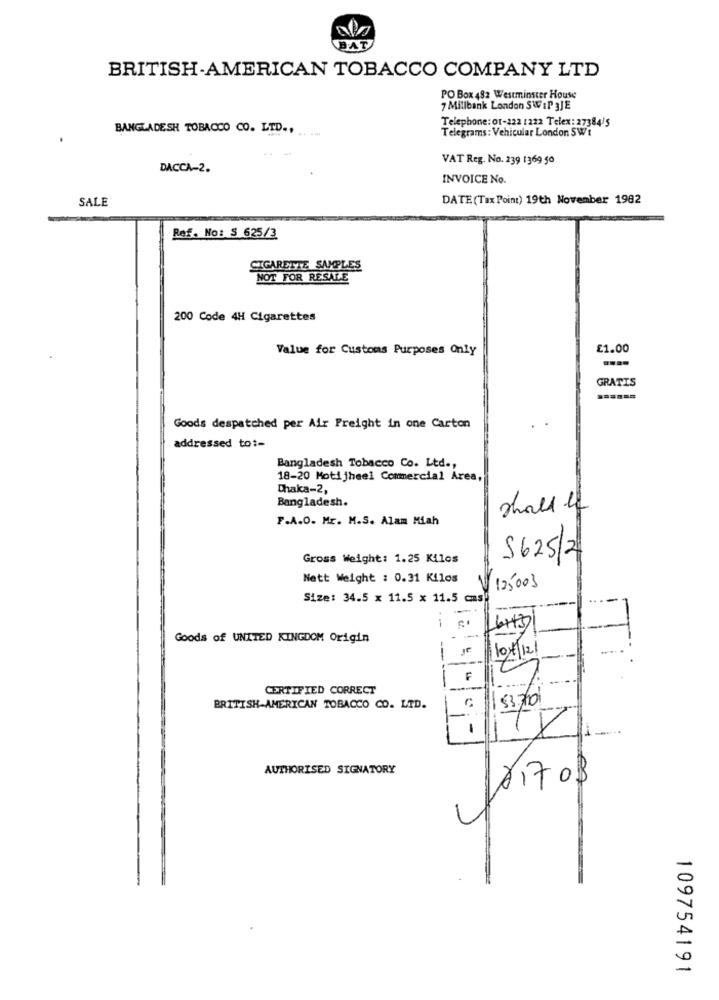
BAT
BRITISH-AMERICAN TOBACCO COMPANY LTD
PO Box 482 Westminster House
7 Millbank London SWIP 3JE
BANGLADESH TOBACCO CO. LTD .,
Telephone: Of-222 1222 Telex: 27384/5
Telegrams: Vehicular London SWt
VAT Reg. No. 239 1369 50
DACCA-2.
INVOICE No.
SALE
DATE (Tax Point) 19th November 1982
Ref. No: S 625/3
SIGARETTE SAMPLES
NOT FOR RESALE
200 Code 4H Cigarettes
Value for Customs Purposes Only
£1.00
GRATIS
Goods despatched per Air Freight in one Carton
addressed to :-
Bangladesh Tobacco Co. Ltd .,
18-20 Motijheel Commercial Area,
Chaka-2,
Bangladesh.
shall of
F.A.O. Mr. M.S. Alam Miah
Gross Weight: 1.25 Kilos
5625/2
Nett Weight : 0.31 Kilos
125003
Size: 34.5 x 11.5 x 11.5 cas
-
6+37
Goods of UNITED KINGDOM Origin
Je
10/4/12
---
F
CERTIFIED CORRECT
53.700
BRITISH-AMERICAN TOBACCO CO. LTD.
1
1
AUTHORISED SIGNATORY
×17 0 $
109754191